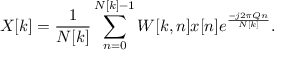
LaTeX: X [ k ] = { \frac { 1 } { N [ k ] } } \sum _ { n = 0 } ^ { N [ k ] - 1 } W [ k , n ] x [ n ] e ^ { \frac { - j 2 \pi Q n } { N [ k ] } } .